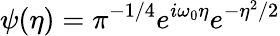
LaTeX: \psi(\eta)=\pi^{-1/4}e^{i\omega_{0}\eta}e^{-\eta^{2}/2}